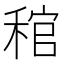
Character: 𥟓